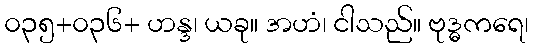
၀၃၅+၀၃၆+ ဟန္ဒ၊ ယခု။ အဟံ၊ ငါသည်။ ဗုဒ္ဓကရေ၊